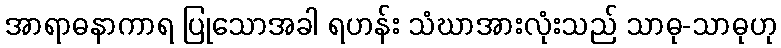
အာရာဓနာကာရ ပြုသောအခါ ရဟန်း သံဃာအားလုံးသည် သာဓု-သာဓုဟု